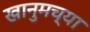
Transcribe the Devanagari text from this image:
खानुमच्या